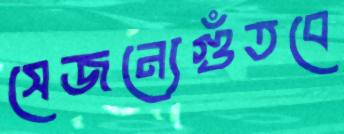
সেজন্যেগুঁতবে